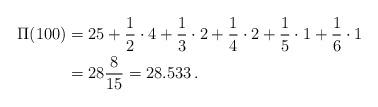
LaTeX: \begin{align*} \Pi (100) &= 25 + \frac{1}{2} \cdot 4 + \frac{1}{3} \cdot 2 + \frac{1}{4} \cdot 2 + \frac{1}{5} \cdot 1 + \frac{1}{6} \cdot 1 \\ &= 28 \frac{8}{15} = 28.533 \, .\end{align*}